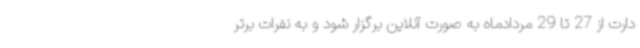
دارت از 27 تا 29 مردادماه به صورت آنلاین برگزار شود و به نفرات برتر